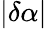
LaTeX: |\delta\alpha|